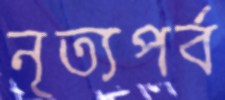
নৃত্যপর্ব